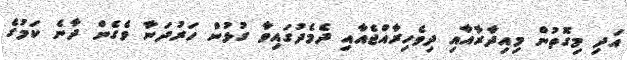
އަދި މިގޮތުން މިއިދާރާއާއި ދިވެހިރާއްޖެއާއި ދެމެދުގައިވާ ގުޅުން ހަރުދަނާ ވެެގެން ދާނެ ކަމުގެ